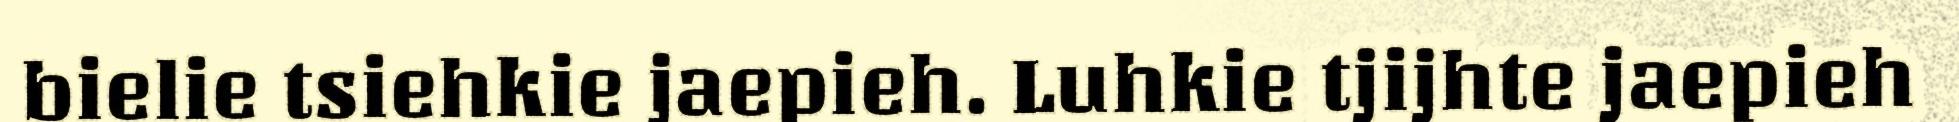
bielie tsiehkie jaepieh. Luhkie tjijhte jaepieh